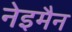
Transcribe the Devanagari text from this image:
नेइमैन